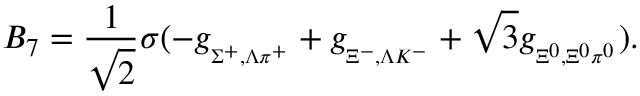
B _ { 7 } = \frac { 1 } { \sqrt { 2 } } \sigma ( - g _ { { } _ { \Sigma ^ { + } , \Lambda \pi ^ { + } } } + g _ { { } _ { \Xi ^ { - } , \Lambda K ^ { - } } } + \sqrt 3 g _ { { } _ { \Xi ^ { 0 } , \Xi ^ { 0 } \pi ^ { 0 } } } ) .